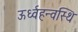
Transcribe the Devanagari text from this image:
ऊर्ध्वहन्वस्थि